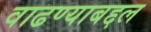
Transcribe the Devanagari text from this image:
वाढण्याबद्दल